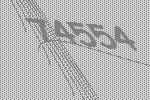
74554